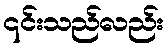
၎င်းသည်လည်း